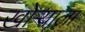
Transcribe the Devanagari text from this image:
खोऱ्याला